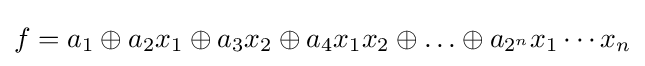
f=a_{1}\oplus a_{2}x_{1}\oplus a_{3}x_{2}\oplus a_{4}x_{1}x_{2}\oplus \ldots \oplus a_{2^{n}}x_{1}\cdots x_{n}